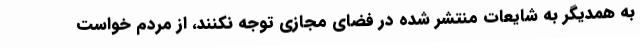
به همدیگر به شایعات منتشر شده در فضای مجازی توجه نکنند، از مردم خواست